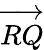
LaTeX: \overrightarrow{RQ}